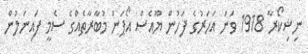
ނިޝިކޯރާ 1918 ވަނަ އަހަރުގެ ފަހުން ޔޫއެސް އޯޕަން މުބާރާތެއްގެ ސެމީ ފައިނަލުން